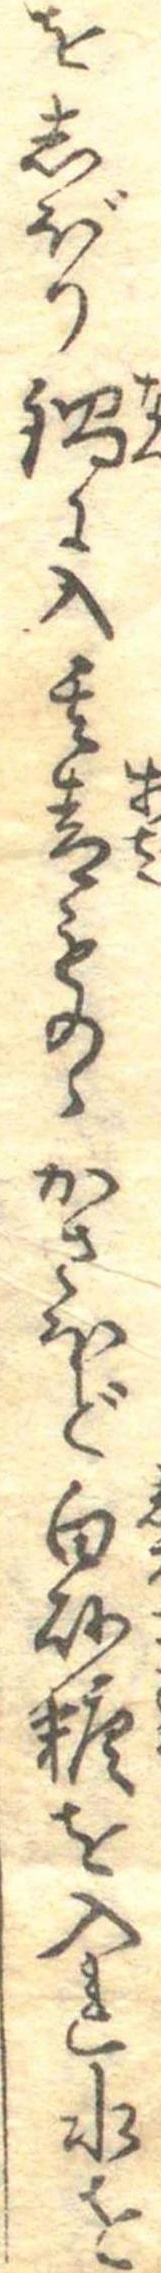
をしぼり鍋に入其青ものゝかさほど白砂糖を入れ水を